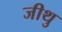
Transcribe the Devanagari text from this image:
जीथु